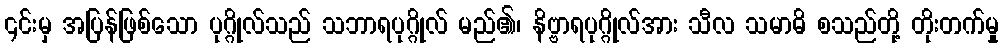
၎င်းမှ အပြန်ဖြစ်သော ပုဂ္ဂိုလ်သည် သဘာရပုဂ္ဂိုလ် မည်၏၊ နိဗ္ဗာရပုဂ္ဂိုလ်အား သီလ သမာဓိ စသည်တို့ တိုးတက်မှု